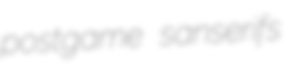
postgame sanserifs